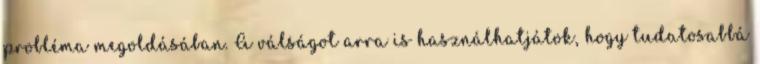
probléma megoldásában. A válságot arra is használhatjátok, hogy tudatosabbá